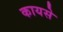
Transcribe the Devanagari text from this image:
कायसे